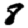
Digit: 8